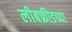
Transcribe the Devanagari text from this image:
लीबफ्रीडच्या